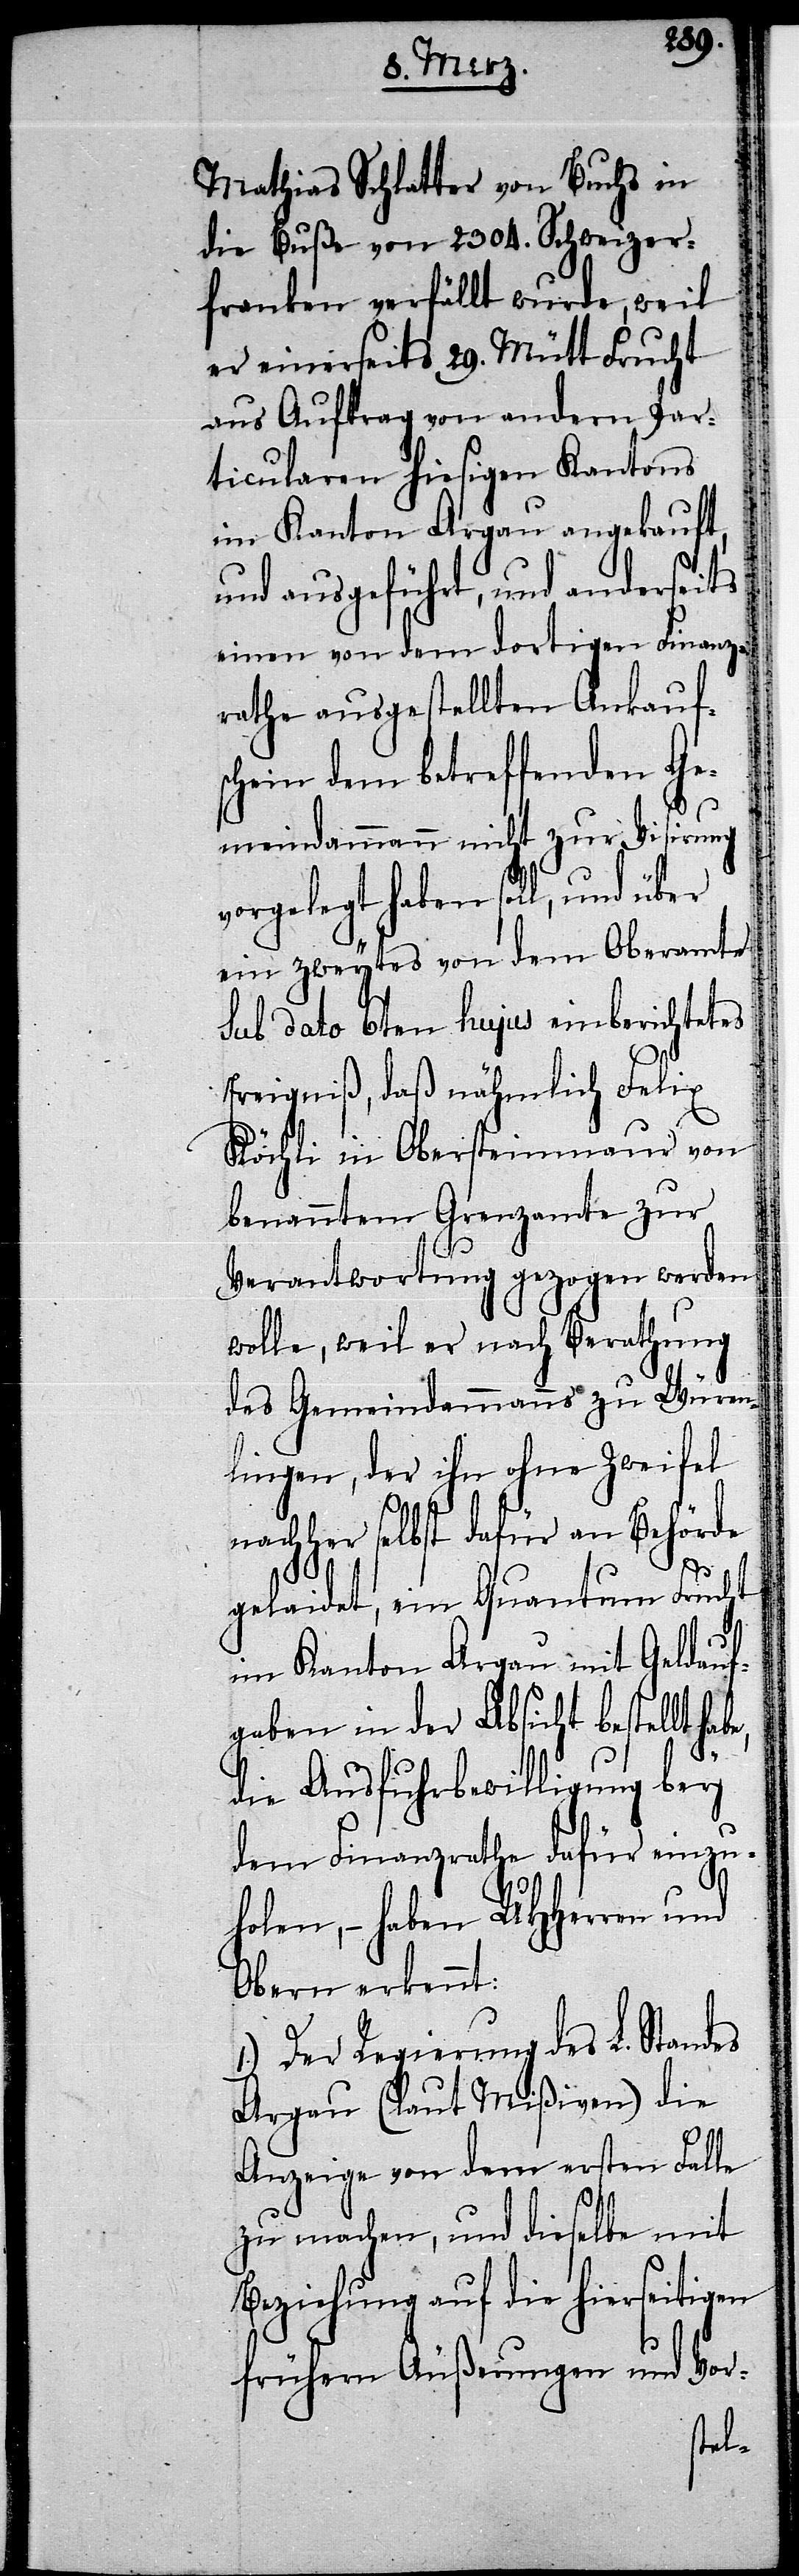
Mathias Schlatter von Buchs in
die Buße von 2304. Schweizer¬
franken verfällt wurde, weil
er einerseits 29. Mütt Frucht
aus Auftrag von andern Par¬
ticularen hiesigen Kantons
im Kanton Argau angekauft,
und ausgeführt, und anderseits
einen von dem dortigen Finanz¬
rathe ausgestellten Ankauf¬
schein dem betreffenden Ge¬
meindammann nicht zur Visirung
vorgelegt haben soll, und über
ein zweytes von dem Oberamte
Sub dato 6ten hujus einberichtetes
Ereigniß, daß nähmlich Felix
Köchli in Obersteinmaur von
benanntem Grenzamte zur
Verantwortung gezogen werden
wolle, weil er nach Berathung
des Gemeindammanns zu Würen¬
lingen, der ihn ohne Zweifel
nachher selbst dafür an Behörde
gelaidet, ein Quantum Frucht
im Kanton Argau mit Geldauf¬
gaben in der Absicht bestellt
die Ausfuhrbewilligung bey
dem Finanzrathe dafür einzu¬
holen, – haben UHHerren und
Obern erkennt:
1.) Der Regierung des L. Standes
Argau (laut Mißiven) die
Anzeige von dem ersten Falle
zu machen, und dieselbe mit
Beziehung auf die hierseitigen
frühern Äußerungen und Vor-